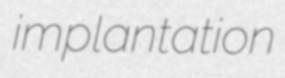
implantation